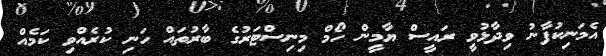
އެމަނިކުފާނު ވިދާޅުވީ ރައީސް ޔާމީން ހޯމް މިނިސްޓަރުގެ ބާރުތައް ހަނި ކުރެއްވި ކަމެއް